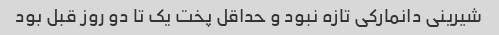
شیرینی دانمارکی تازه نبود و حداقل پخت یک تا دو روز قبل بود